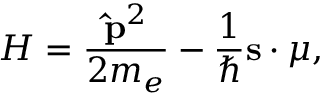
H = \frac { \mathbf { \hat { p } } ^ { 2 } } { 2 m _ { e } } - \frac { 1 } { \hbar } { \mathbf { s } } \cdot \boldsymbol { \mu } ,